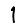
Digit: 1